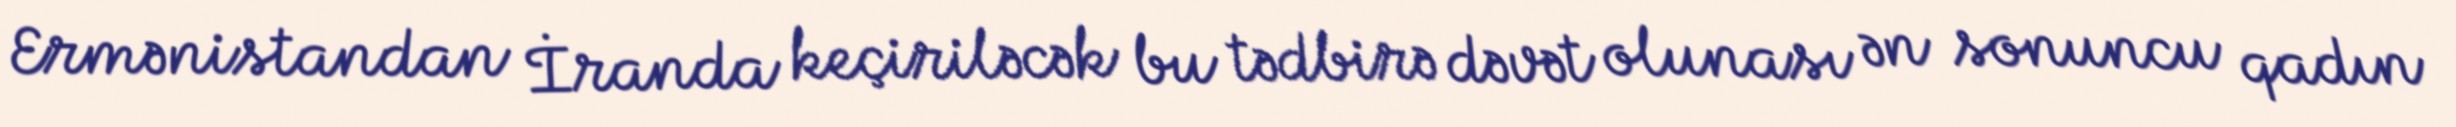
Ermənistandan İranda keçiriləcək bu tədbirə dəvət olunası ən sonuncu qadın